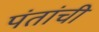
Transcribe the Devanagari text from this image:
पंतांची